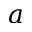
a